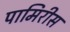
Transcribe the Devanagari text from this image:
पामिरीस